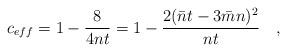
LaTeX: \begin{align*}c_{eff}=1-\frac{8}{4nt}=1-\frac{2(\bar{n}t-3\bar{m}n)^{2}}{nt}\quad ,\end{align*}